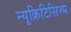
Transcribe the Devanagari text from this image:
न्यूक्रिटिसिज्म